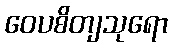
ဝေပစိတျသုရော